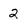
Character: 2